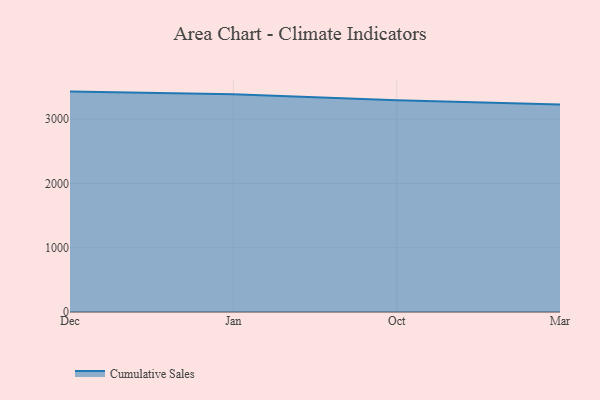
{"axis": {"x": "Month", "y": "Satisfaction Score"}, "legend": ["Cumulative Sales"], "data": [{"x": "Dec", "y": 3429.3, "type": "Cumulative Sales"}, {"x": "Jan", "y": 3390.0, "type": "Cumulative Sales"}, {"x": "Oct", "y": 3295.6, "type": "Cumulative Sales"}, {"x": "Mar", "y": 3228.1, "type": "Cumulative Sales"}]}